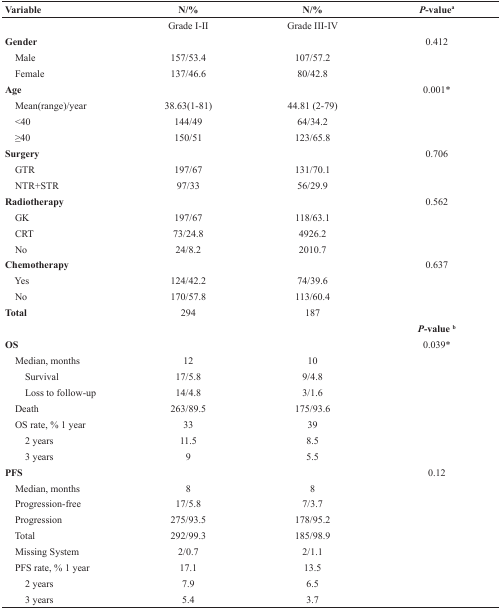
<table><thead><tr><td><b>Variable</b></td><td><b>N/%</b></td><td><b>N/%</b></td><td><b><i>P</i>-value<sup>a</sup></b></td></tr></thead><tbody><tr><td></td><td>Grade I-II</td><td>Grade III-IV</td><td></td></tr><tr><td><b>Gender</b></td><td></td><td></td><td>0.412</td></tr><tr><td> Male</td><td>157/53.4</td><td>107/57.2</td><td></td></tr><tr><td> Female</td><td>137/46.6</td><td>80/42.8</td><td></td></tr><tr><td><b>Age</b></td><td></td><td></td><td>0.001*</td></tr><tr><td> Mean(range)/year</td><td>38.63(1-81)</td><td>44.81 (2-79)</td><td></td></tr><tr><td> &lt;40</td><td>144/49</td><td>64/34.2</td><td></td></tr><tr><td> ≥40</td><td>150/51</td><td>123/65.8</td><td></td></tr><tr><td><b>Surgery</b></td><td></td><td></td><td>0.706</td></tr><tr><td> GTR</td><td>197/67</td><td>131/70.1</td><td></td></tr><tr><td> NTR+STR</td><td>97/33</td><td>56/29.9</td><td></td></tr><tr><td><b>Radiotherapy</b></td><td></td><td></td><td>0.562</td></tr><tr><td> GK</td><td>197/67</td><td>118/63.1</td><td></td></tr><tr><td> CRT</td><td>73/24.8</td><td>4926.2</td><td></td></tr><tr><td> No</td><td>24/8.2</td><td>2010.7</td><td></td></tr><tr><td><b>Chemotherapy</b></td><td></td><td></td><td>0.637</td></tr><tr><td> Yes</td><td>124/42.2</td><td>74/39.6</td><td></td></tr><tr><td> No</td><td>170/57.8</td><td>113/60.4</td><td></td></tr><tr><td><b>Total</b></td><td>294</td><td>187</td><td></td></tr><tr><td></td><td></td><td></td><td><b><i>P-</i>value <sup>b</sup></b></td></tr><tr><td><b>OS</b></td><td></td><td></td><td>0.039*</td></tr><tr><td> Median, months</td><td>12</td><td>10</td><td></td></tr><tr><td>Survival</td><td>17/5.8</td><td>9/4.8</td><td></td></tr><tr><td>Loss to follow-up</td><td>14/4.8</td><td>3/1.6</td><td></td></tr><tr><td> Death</td><td>263/89.5</td><td>175/93.6</td><td></td></tr><tr><td> OS rate, % 1 year</td><td>33</td><td>39</td><td></td></tr><tr><td>2 years</td><td>11.5</td><td>8.5</td><td></td></tr><tr><td>3 years</td><td>9</td><td>5.5</td><td></td></tr><tr><td><b>PFS</b></td><td></td><td></td><td>0.12</td></tr><tr><td> Median, months</td><td>8</td><td>8</td><td></td></tr><tr><td> Progression-free</td><td>17/5.8</td><td>7/3.7</td><td></td></tr><tr><td> Progression</td><td>275/93.5</td><td>178/95.2</td><td></td></tr><tr><td> Total</td><td>292/99.3</td><td>185/98.9</td><td></td></tr><tr><td> Missing System</td><td>2/0.7</td><td>2/1.1</td><td></td></tr><tr><td> PFS rate, % 1 year</td><td>17.1</td><td>13.5</td><td></td></tr><tr><td>2 years</td><td>7.9</td><td>6.5</td><td></td></tr><tr><td>3 years</td><td>5.4</td><td>3.7</td><td></td></tr></tbody></table>